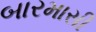
બારમાસી